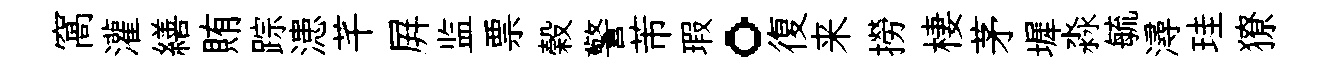
窩灌繕賄踪漶芊屛监票榖警芾瑕。復来撈棲茅墀淼毓潯珪獠